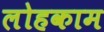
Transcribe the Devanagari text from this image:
लोहकाम